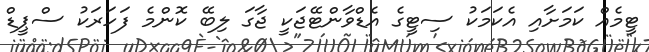
ޓީމެއް ކަމަށާއި އެކަމަކު ސިޓީގެ އެޑްވާންޓޭޖަކީ ޖާގަ ލިބޭ ކޮންމެ ފަހަރަކު ސްޕީޑް